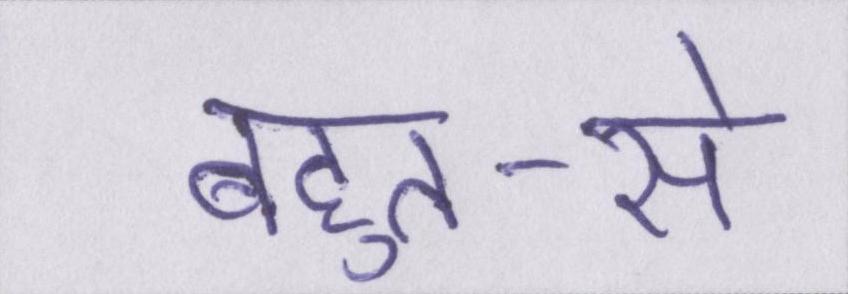
बहुत-से